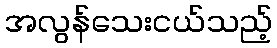
အလွန်သေးငယ်သည့်